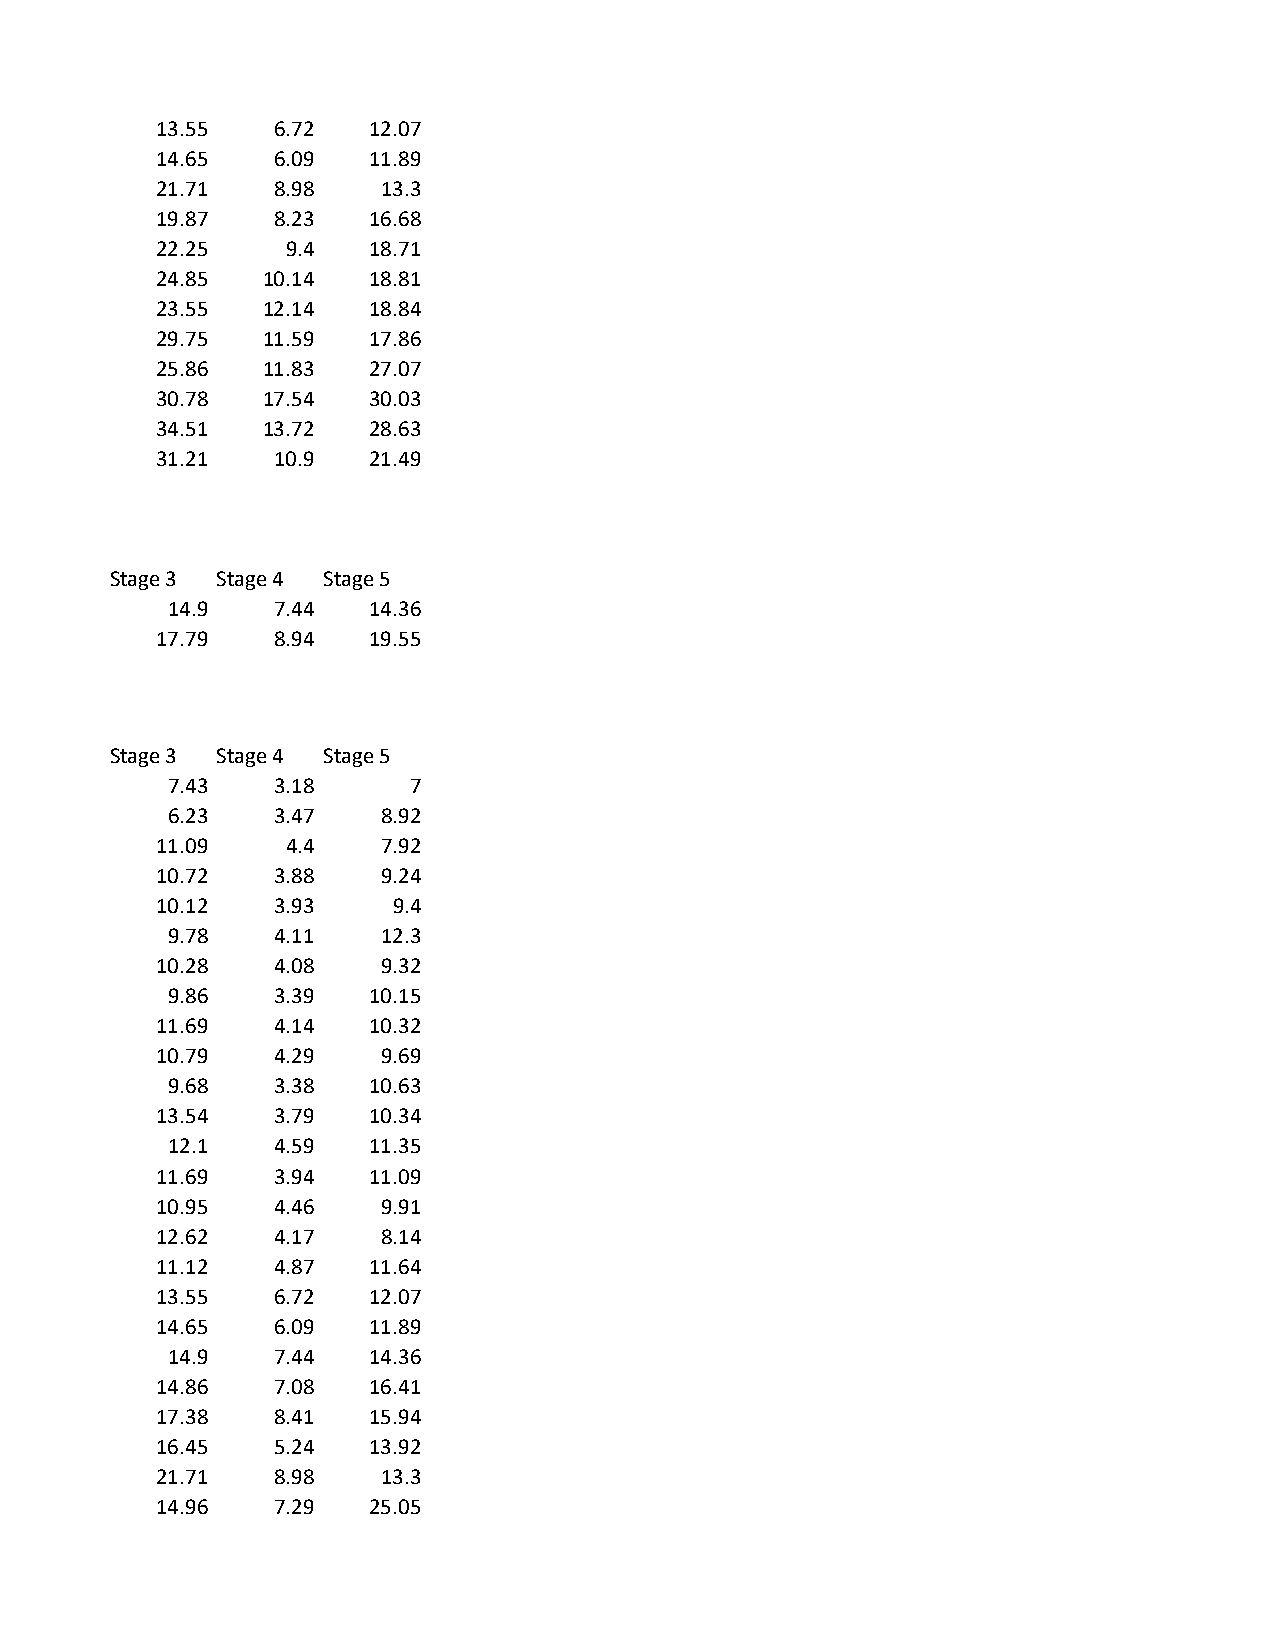
13.55   6.72  12.07
 14.65   6.09  11.89
 21.71   8.98   13.3
 19.87   8.23  16.68
 22.25    9.4  18.71
 24.85  10.14  18.81
 23.55  12.14  18.84
 29.75  11.59  17.86
 25.86  11.83  27.07
 30.78  17.54  30.03
 34.51  13.72  28.63
 31.21   10.9  21.49
 Stage 3 Stage 4 Stage 5
 14.9   7.44  14.36
 17.79   8.94  19.55
 Stage 3 Stage 4 Stage 5
 7.43   3.18     7
 6.23   3.47   8.92
 11.09    4.4   7.92
 10.72   3.88   9.24
 10.12   3.93    9.4
 9.78   4.11   12.3
 10.28   4.08   9.32
 9.86   3.39  10.15
 11.69   4.14  10.32
 10.79   4.29   9.69
 9.68   3.38  10.63
 13.54   3.79  10.34
 12.1   4.59  11.35
 11.69   3.94  11.09
 10.95   4.46   9.91
 12.62   4.17   8.14
 11.12   4.87  11.64
 13.55   6.72  12.07
 14.65   6.09  11.89
 14.9   7.44  14.36
 14.86   7.08  16.41
 17.38   8.41  15.94
 16.45   5.24  13.92
 21.71   8.98   13.3
 14.96   7.29  25.05